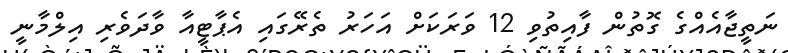
ނަތީޖާއެއްގެ ގޮތުން ފާއިތުވި 12 ވަރަކަށް އަހަރު ތެރޭގައި އެޕާޓީއާ ވާދަވެރި އިލްމާނީ